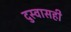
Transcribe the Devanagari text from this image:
दुस्वासही